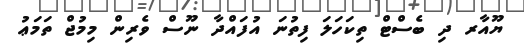
ޔޫއާރ ދި ބެސްޓް ތިކަހަލަ ފިތުނަ އުފައްދާ ނޫސް ވެރިން މިމުޖް ތަމަޢު